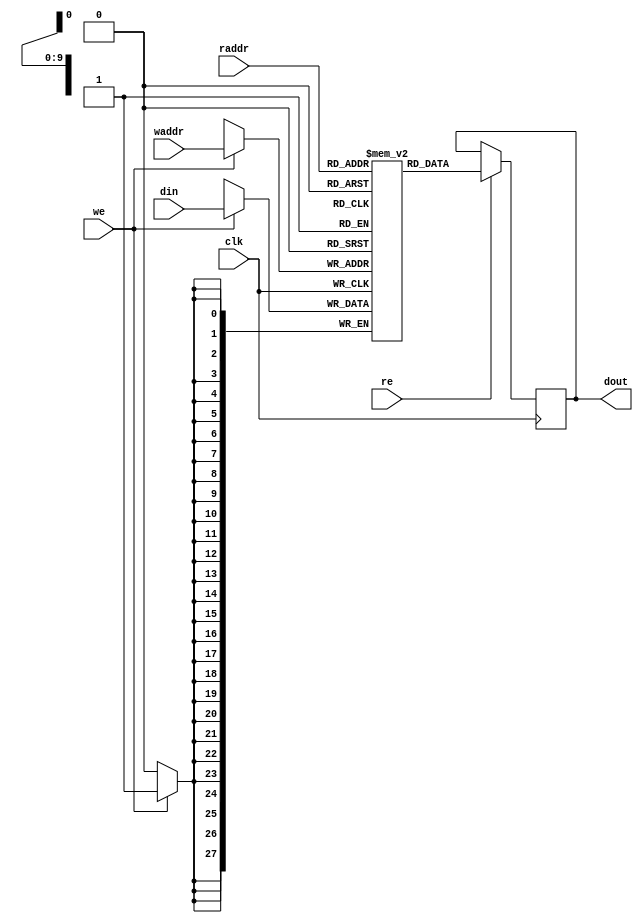
`timescale 1ns / 1ps
//////////////////////////////////////////////////////////////////////////////////
// Company: 
// Engineer: 
// 
// Design Name: 
// Module Name: bram_sd
// Project Name: 
// Target Devices: 
// Tool Versions: 
// Description: simple_dual_ram_one_clock based on block ram
// 
// Dependencies: 
// 
// Revision:
// Revision 0.01 - File Created
// Additional Comments:
// 
//////////////////////////////////////////////////////////////////////////////////


module bram_sd
#(
    parameter ADDR_WIDTH = 10,
    parameter DATA_DEPTH = 640,
    parameter DATA_WIDTH = 28
)
(
    input clk,
    input [ADDR_WIDTH-1:0]  raddr,
    input re,
    input [ADDR_WIDTH-1:0]  waddr,
    input we,
    input [DATA_WIDTH-1:0]  din,
    output [DATA_WIDTH-1:0] dout
);

(* ram_style = "block" *) reg [DATA_WIDTH-1:0] mem [DATA_DEPTH-1:0];
reg [DATA_WIDTH-1:0]     rdata;


always @(posedge clk) begin
  if (we)
    mem[waddr] <= din;
  if (re)
    rdata <= mem[raddr];
end

assign dout = rdata;

endmodule